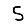
Digit: 5